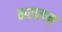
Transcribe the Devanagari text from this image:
करालम्